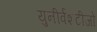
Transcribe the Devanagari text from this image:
युनीर्वशटीजो